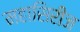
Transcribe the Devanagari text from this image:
महासिरीज